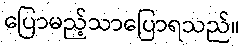
ပြောမည့်သာပြောရသည်။